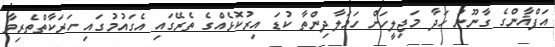
އަފްޣާންގެ ގާނޫނު ހަދާ މަޖިލީހަށް ހަމަލާދިންތާ ކުޑަ އިރުކޮޅެއްގެ ތެރޭގައި އެގައުމުގައި ހަރަކާތްތެރިވާ